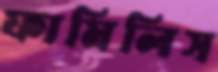
ফামিলিস